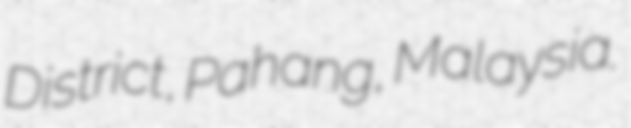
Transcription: District, Pahang, Malaysia.